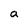
Character: a